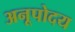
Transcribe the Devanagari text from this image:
अनूपोदय